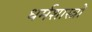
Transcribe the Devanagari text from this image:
धर्मशास्‍त्रों